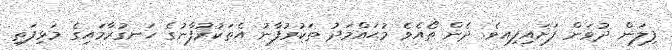
ފިލަން ދުވަން ފަށައިފިއވެ. ދެން ތޯއެވެ މުޙައްމަދު ތަކުރުފާނު އެތަކުރުފާނުގެ ހަނގުރާމައިގެ މަޅިފަތި